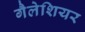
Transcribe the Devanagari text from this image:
गैलेशियर